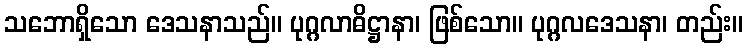
သဘောရှိသော ဒေသနာသည်။ ပုဂ္ဂလာဓိဋ္ဌာနာ၊ ဖြစ်သော။ ပုဂ္ဂလဒေသနာ၊ တည်း။